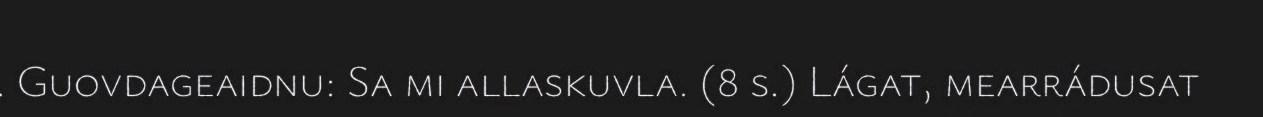
. Guovdageaidnu: Sa mi allaskuvla. (8 s.) Lágat, mearrádusat